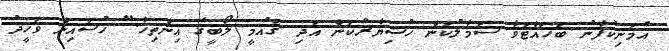
އެމަނިކުފާނު ބަހައްޓަވާ ސަމާލުކަން ހުޝިޔާރުކަން އަދި ގައުމީ ލޯބީގެ އިންތިހާ." ހުސައިން ވަހީދު